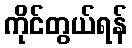
ကိုင်တွယ်ရန်